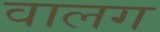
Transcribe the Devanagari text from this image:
वालग